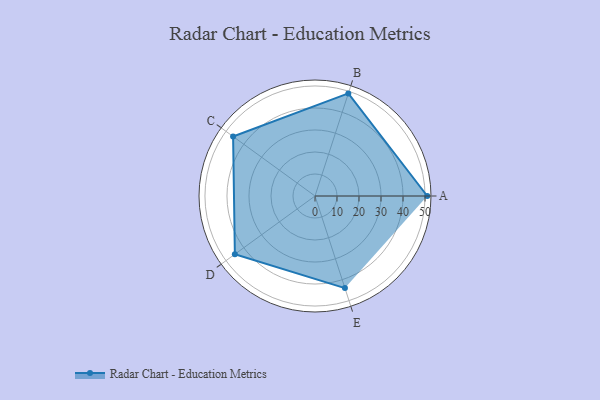
{"axis": {"x": "Skill", "y": "Score"}, "legend": ["Profile"], "data": [{"x": "A", "y": 51.0, "type": "Profile"}, {"x": "B", "y": 49.0, "type": "Profile"}, {"x": "C", "y": 46.0, "type": "Profile"}, {"x": "D", "y": 45.0, "type": "Profile"}, {"x": "E", "y": 44.0, "type": "Profile"}]}